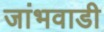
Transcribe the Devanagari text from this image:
जांभवाडी